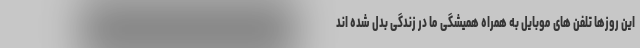
این روزها تلفن های موبایل به همراه همیشگی ما در زندگی بدل شده اند